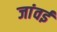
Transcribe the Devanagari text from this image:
जांवई